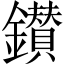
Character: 鑚